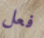
فعل